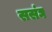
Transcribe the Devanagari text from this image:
ससंघ